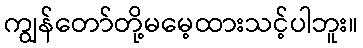
ကျွန်တော်တို့မမေ့ထားသင့်ပါဘူး။